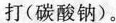
打(碳酸钠)。